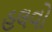
હલવો